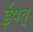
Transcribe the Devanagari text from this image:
ईषत्‌